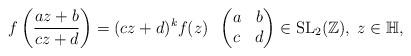
LaTeX: \begin{align*}f\left(\frac{az + b}{cz + d}\right) = (cz + d)^k f(z) \; \; \begin{pmatrix} a & b\\c & d\end{pmatrix} \in\mathrm{SL}_2(\mathbb{Z}), \; z \in \mathbb{H},\end{align*}